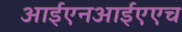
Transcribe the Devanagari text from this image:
आईएनआईएएच